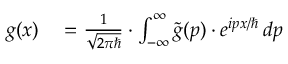
\begin{array} { r l } { g ( x ) } & { { } = { \frac { 1 } { \sqrt { 2 \pi \hbar } } } \cdot \int _ { - \infty } ^ { \infty } { \tilde { g } } ( p ) \cdot e ^ { i p x / \hbar } \, d p } \end{array}